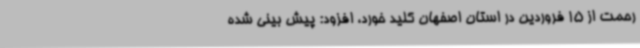
رحمت از 15 فروردین در استان اصفهان کلید خورد، افزود: پیش بینی شده